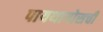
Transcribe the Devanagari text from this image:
पायथागोसची